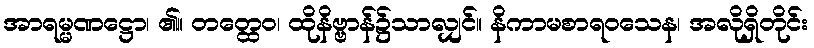
အာရမ္မဏဋ္ဌော၊ ၏။ တတ္ထေဝ၊ ထိုနိဗ္ဗာန်၌သာလျှင်။ နိကာမစာရဝသေန၊ အလိုရှိတိုင်း